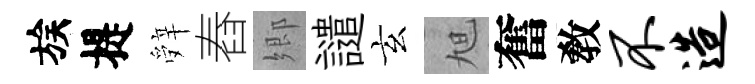
族提辤舂郷譴玄旭奮敎不造